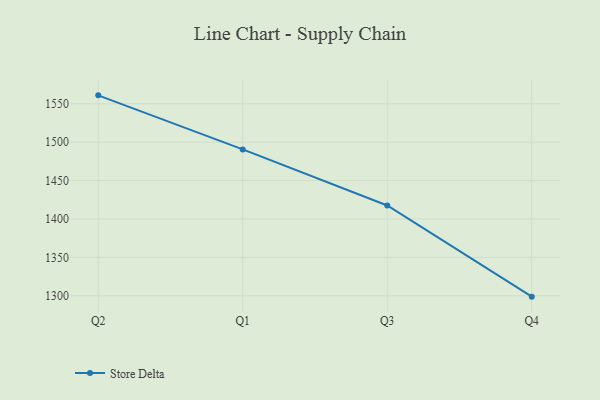
{"axis": {"x": "Quarter", "y": "Market Share (%)"}, "legend": ["Store Delta"], "data": [{"x": "Q2", "y": 1561.0, "type": "Store Delta"}, {"x": "Q1", "y": 1490.6, "type": "Store Delta"}, {"x": "Q3", "y": 1417.6, "type": "Store Delta"}, {"x": "Q4", "y": 1298.9, "type": "Store Delta"}]}